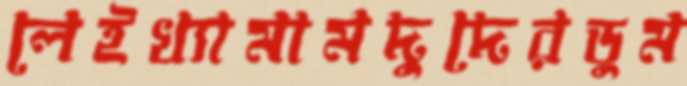
লেইখ্যামামদুদেরডুম